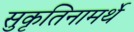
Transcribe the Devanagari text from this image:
सुकृतिनामर्थे